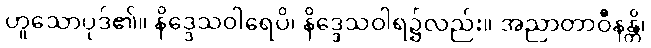
ဟူသောပုဒ်၏။ နိဒ္ဒေသဝါရေပိ၊ နိဒ္ဒေသဝါရ၌လည်း။ အညာတာဝီနန္တိ၊